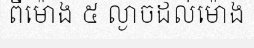
ពីម៉ោង ៥ ល្ងាចដល់ម៉ោង